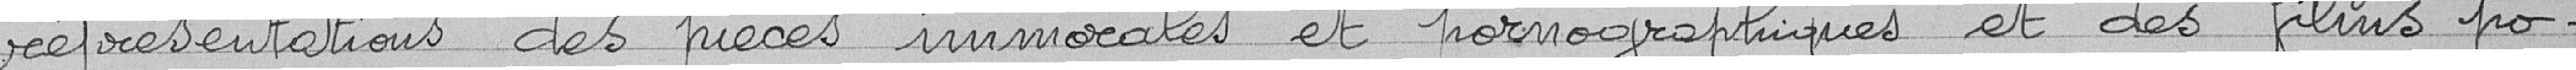
représentations de pièces immorales et pornographiques et des films po-